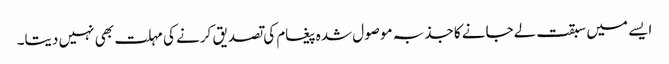
ایسے میں سبقت لےجانے کا جذبہ موصول شدہ پیغام کی تصدیق کرنے کی مہلت بھی نہیں دیتا۔